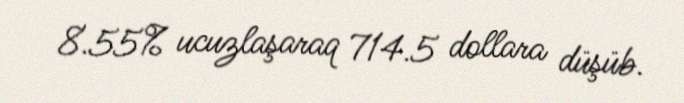
8.55% ucuzlaşaraq 714.5 dollara düşüb.